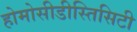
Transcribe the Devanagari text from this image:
होमोसीडीस्तिसिटी